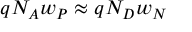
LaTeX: q N _ { A } w _ { P } \approx q N _ { D } w _ { N }